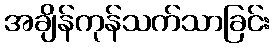
အချိန်ကုန်သက်သာခြင်း